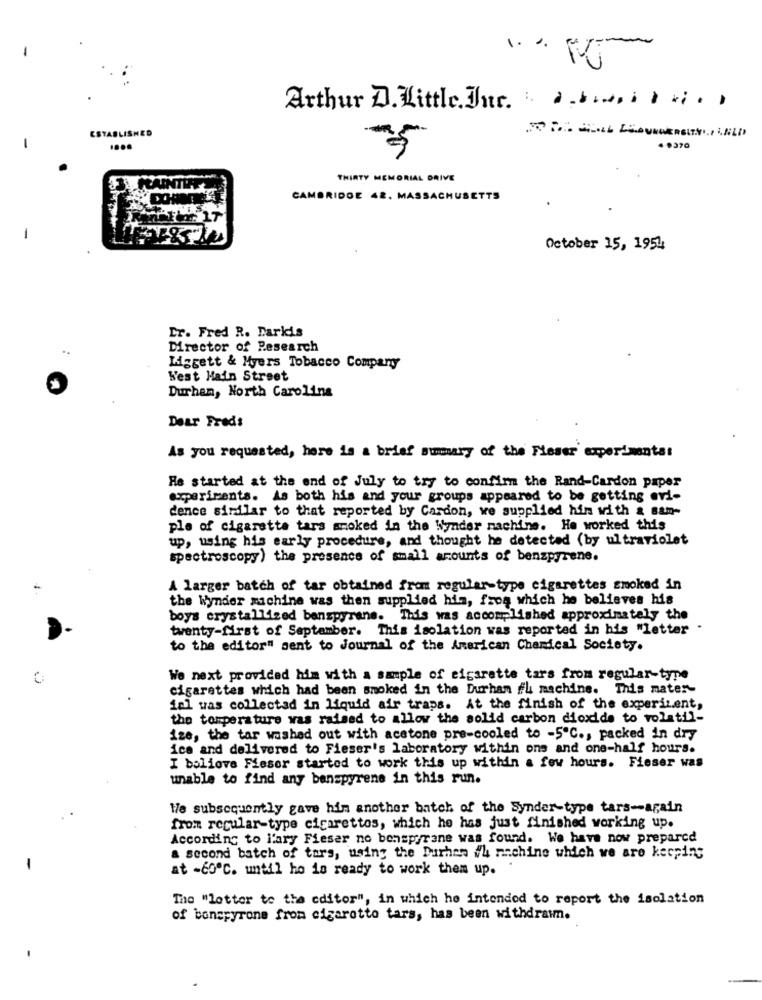
1 ... -
Arthur D. Little.Jne. . .........
ESTABLISHED
....
4.0370
THIRTY MEMORIAL DRIVE
3.PLAINTIFF
CAMBRIDGE 42. MASSACHUSETTS
October 15, 19544
Er. Fred R. Darkis
..
Director of Research
Liggett & Myers Tobacco Company
N'est Main Street
Durham, North Carolina
Dear Freds
As you requested, here is a brief sumary of the Fieser experiments:
He started at the end of July to try to confirm the Rand-Cardon paper
experiments. As both his and your groups appeared to be getting evi-
dence similar to that reported by Cardon, we supplied hin with & sam-
ple of cigarette tars smoked in the Wynder machine. He worked this
up, using his early procedure, and thought he detected (by ultraviolet
spectroscopy) the presence of small amounts of benzpyrene.
-
A larger batch of tar obtained from regular-type cigarettes smoked in
the Wynder machine was then supplied hin, from which he believes his
boys crystallized benspyrane. This was accomplished approximately the
twenty-first of September. This isolation was reported in his "letter
to the editor" sent to Journal of the American Chemical Society.
We next provided him with a sample of cigarette tars from regular-type
cigarettes which had been smoked in the Durham fl machine. This mater-
iel was collected in liquid air traps. At the finish of the experizent,
the temperature was raised to allow the solid carbon dioxide to volatil-
ize, the tar washed out with acetone pre-cooled to -5℃ ., packed in dry
ice and delivered to Fieser's laboratory within ons and one-half hours.
I boliove Fieser started to work this up within a few hours. Fieser was
unable to find any benzpyrene in this run.
He subsequently gave him another batch of the Synder-type tars -- again
from regular-type cigarettes, which he has just finished working up.
According to l'ary Fieser no benspyrane was found. We have now prepared
a second batch of tors, using the Durhen #4 machine which we are keeping
at -60ºC. until ho is ready to work them up.
The "lotter to the editor", in which he intended to report the isolation
of bonepyrone from cigarette tars, has been withdrawn.